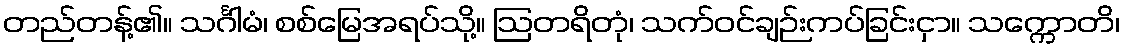
တည်တန့်၏။ သင်္ဂါမံ၊ စစ်မြေအရပ်သို့။ ဩတရိတုံ၊ သက်ဝင်ချဉ်းကပ်ခြင်းငှာ။ သက္ကောတိ၊